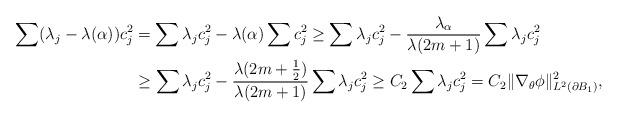
LaTeX: \begin{align*}\sum (\lambda_j-\lambda(\alpha))c_j^2&=\sum \lambda_j c_j^2-\lambda(\alpha)\sum c_j^2\ge \sum \lambda_j c_j^2-\frac{\lambda_\alpha}{\lambda(2m+1)}\sum \lambda_jc_j^2\\&\ge \sum \lambda_j c_j^2-\frac{\lambda(2m+\frac12)}{\lambda(2m+1)}\sum \lambda_jc_j^2\ge C_2 \sum \lambda_j c_j^2=C_2 \|\nabla_\theta \phi\|_{L^2(\partial B_1)}^{2},\end{align*}